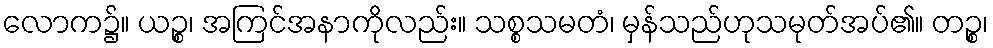
လောက၌။ ယဉ္စ၊ အကြင်အနာကိုလည်း။ သစ္စသမတံ၊ မှန်သည်ဟုသမုတ်အပ်၏။ တဉ္စ၊